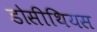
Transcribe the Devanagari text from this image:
डोसीथियस